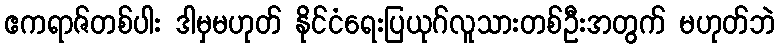
ဧကရာဇ်တစ်ပါး ဒါမှမဟုတ် နိုင်ငံရေးပြယုဂ်လူသားတစ်ဦးအတွက် မဟုတ်ဘဲ